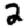
Digit: 2